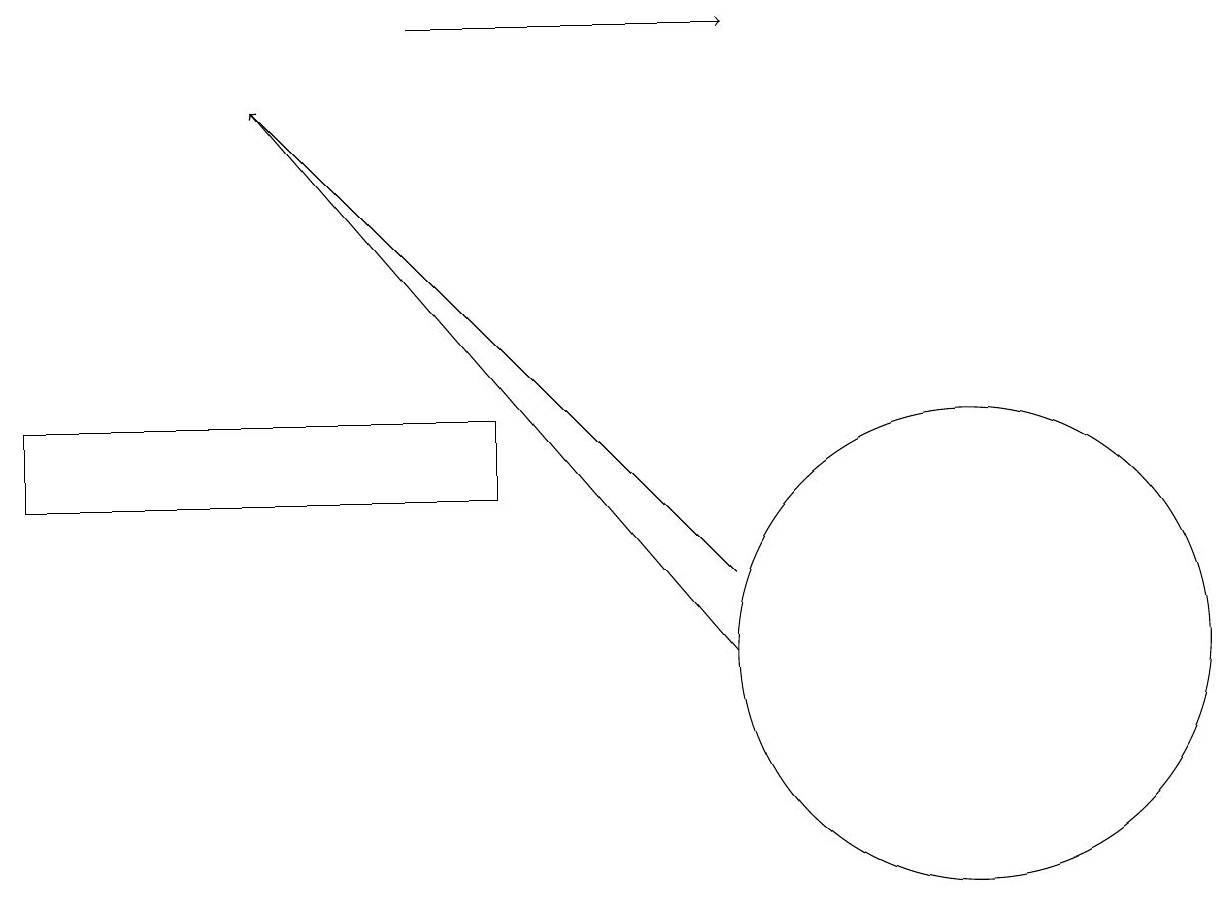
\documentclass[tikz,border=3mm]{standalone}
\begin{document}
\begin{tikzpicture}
\draw[->] (9,12) -- (3,18);
\draw (6,14) rectangle (0,13);
\draw[->] (9,11) -- (3,18);
\draw (12,11) circle (3);
\draw[->] (5,19) -- (9,19);
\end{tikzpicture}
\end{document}